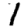
Digit: 1